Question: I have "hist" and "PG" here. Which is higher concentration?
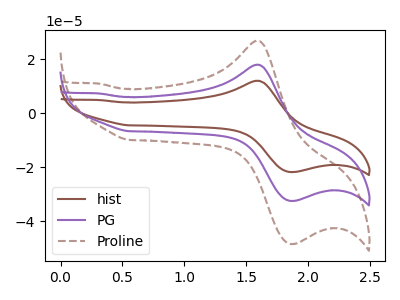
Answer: <think>The brown curve "hist" has an anodic peak at (1.60V, 12.10uA) and a cathodic peak at (1.85V, -21.75uA). The purple curve "PG" has an anodic peak at (1.60V, 18.05uA) and a cathodic peak at (1.85V, -32.45uA). The brown dashed curve "Proline" has an anodic peak at (1.60V, 36.15uA) and a cathodic peak at (1.85V, -64.85uA).
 All the peaks in "hist" have a peak in "PG" at the same potential. Every peak in "hist" is lower than every peak in "PG".</think>
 <answer>"hist" has less signal than "PG" and so likely has a lower concentration.</answer>
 <eval>less_concentration</eval>